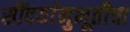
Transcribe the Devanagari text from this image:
सौंदर्यानुभूतीचा